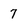
Character: 7